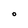
Character: O